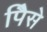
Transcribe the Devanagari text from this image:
पैिसे